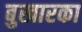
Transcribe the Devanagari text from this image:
बुखारका